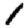
Digit: 1